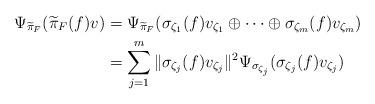
LaTeX: \begin{align*}\Psi_{\widetilde{\pi}_F}(\widetilde{\pi}_F(f)v)&=\Psi_{\widetilde{\pi}_F}(\sigma_{\zeta_1}(f)v_{\zeta_1}\oplus\cdots\oplus \sigma_{\zeta_m}(f)v_{\zeta_m}) \\&=\sum_{j=1}^m\Vert \sigma_{\zeta_j}(f)v_{\zeta_j}\Vert^2\Psi_{\sigma_{\zeta_j}}(\sigma_{\zeta_j}(f)v_{\zeta_j}) \end{align*}